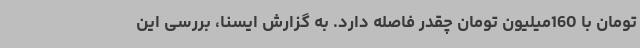
تومان با 160میلیون تومان چقدر فاصله دارد. به گزارش ایسنا، بررسی این